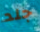
جلد